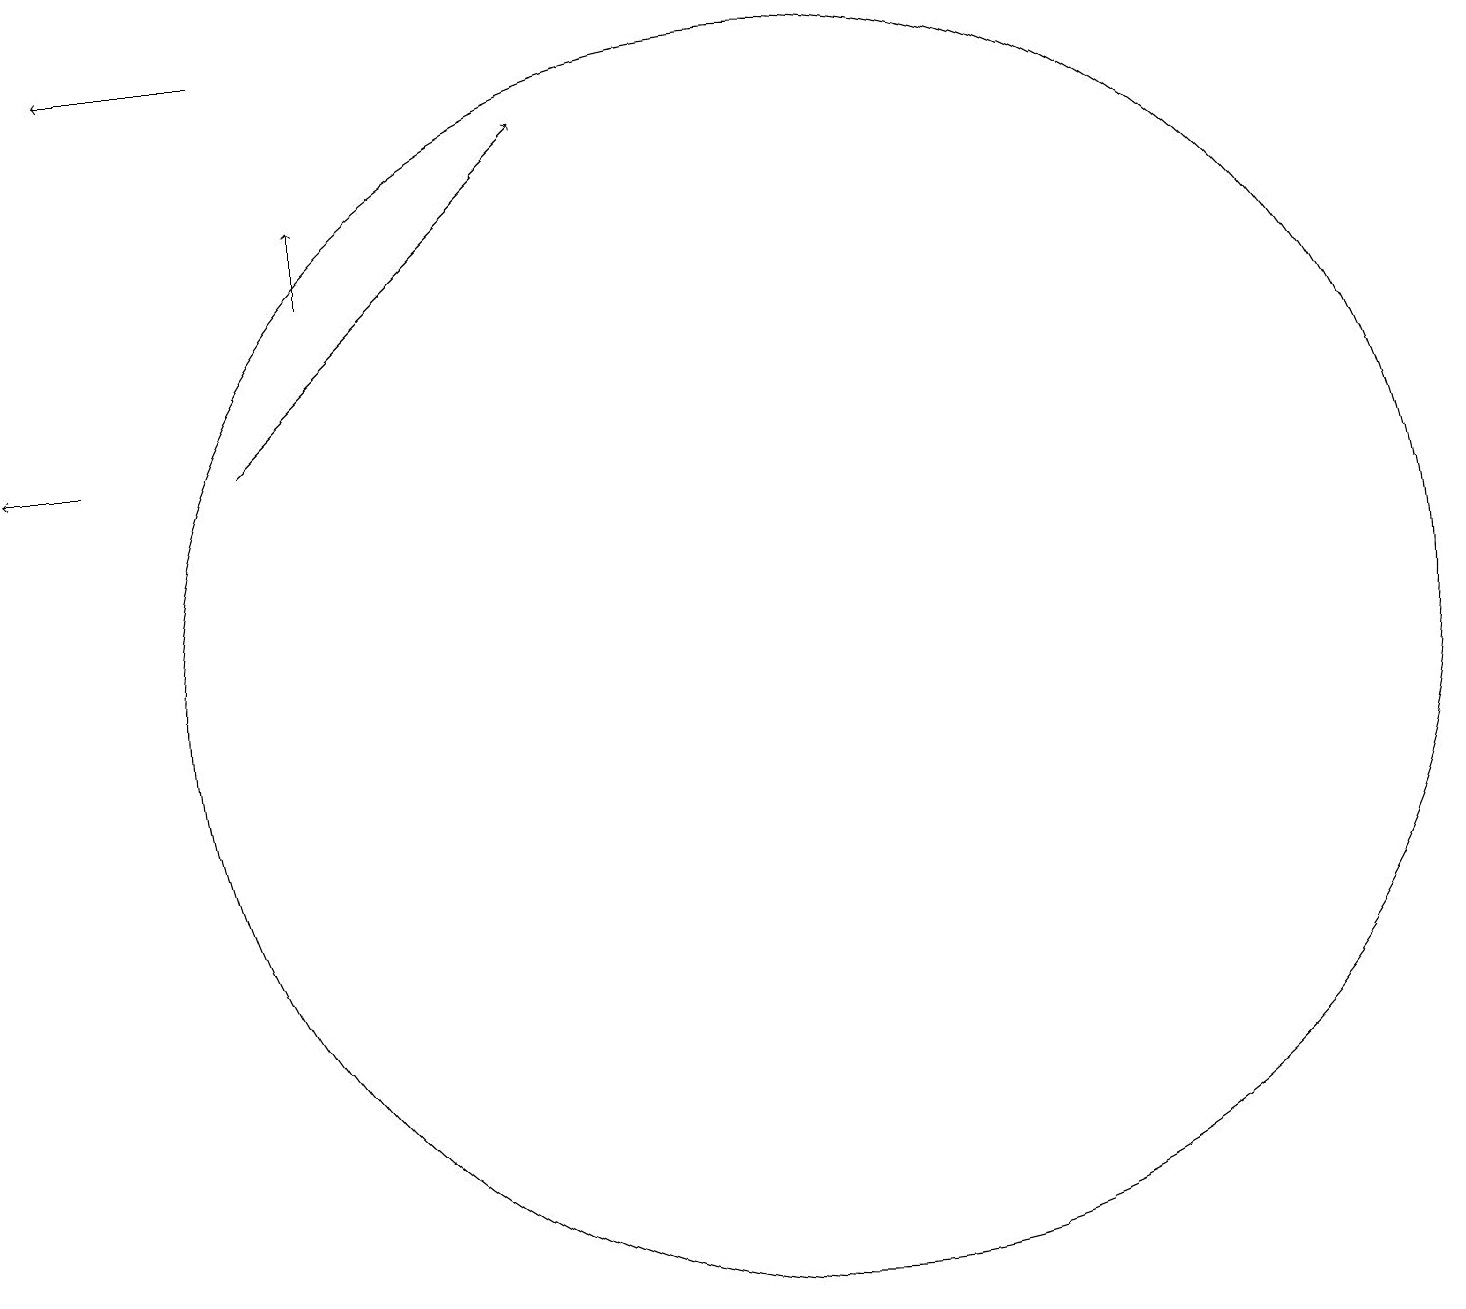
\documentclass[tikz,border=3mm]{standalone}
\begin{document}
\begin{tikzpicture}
\draw[->] (3,19) -- (1,19);
\draw[->] (1,14) -- (0,14);
\draw[->] (4,16) -- (4,17);
\draw (10,11) circle (8);
\draw[->] (3,14) -- (7,18);
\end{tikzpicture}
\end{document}